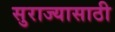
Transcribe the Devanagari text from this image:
सुराज्यासाठी